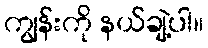
ကျွန်းကို နယ်ချဲ့ပါ။